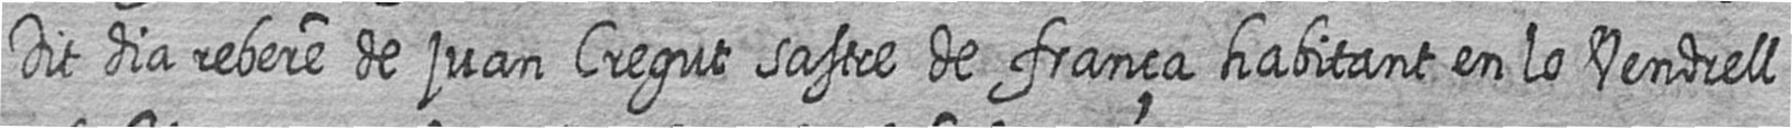
Dit dia rebere de juan Cregut sastre de frança habitant en lo Vendrell